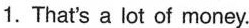
1.That's a lot of money.